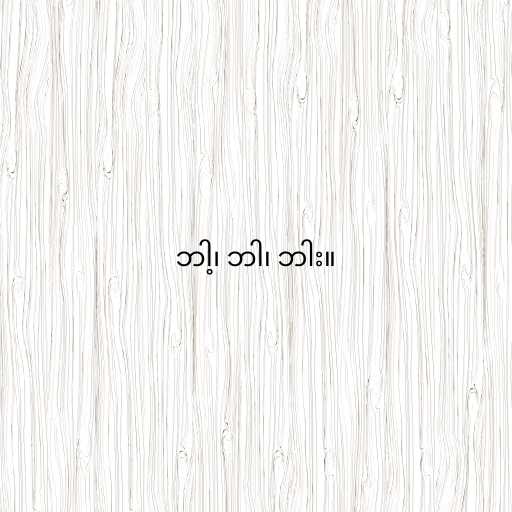
ဘါ့၊ ဘါ၊ ဘါး။